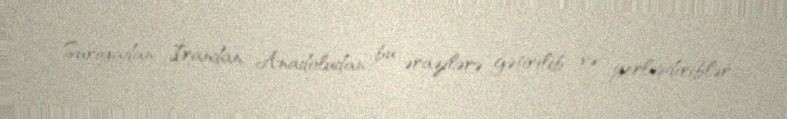
Suriyadan, İrandan, Anadoludan bu ərazilərə gətirilib və yerləşdiriblər.